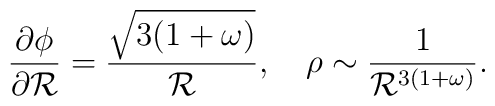
\frac{\partial \phi}{\partial {\cal R}}= \frac{\sqrt {3(1+\omega)}}{{\cal R}},~~~\rho \sim \frac{1}{{\cal R}^{3(1+\omega)}}.